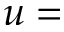
u =